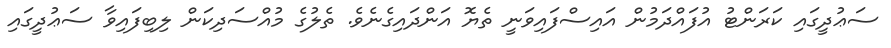
ސަޢުދީގައި ކަރަންޓު އުފައްދަމުން އައިސްފައިވަނީ ތެޔޮ އަންދައިގެނެވެ. ތެލުގެ މުއްސަދިކަން ލިބިފައިވާ ސަޢުދީގައި